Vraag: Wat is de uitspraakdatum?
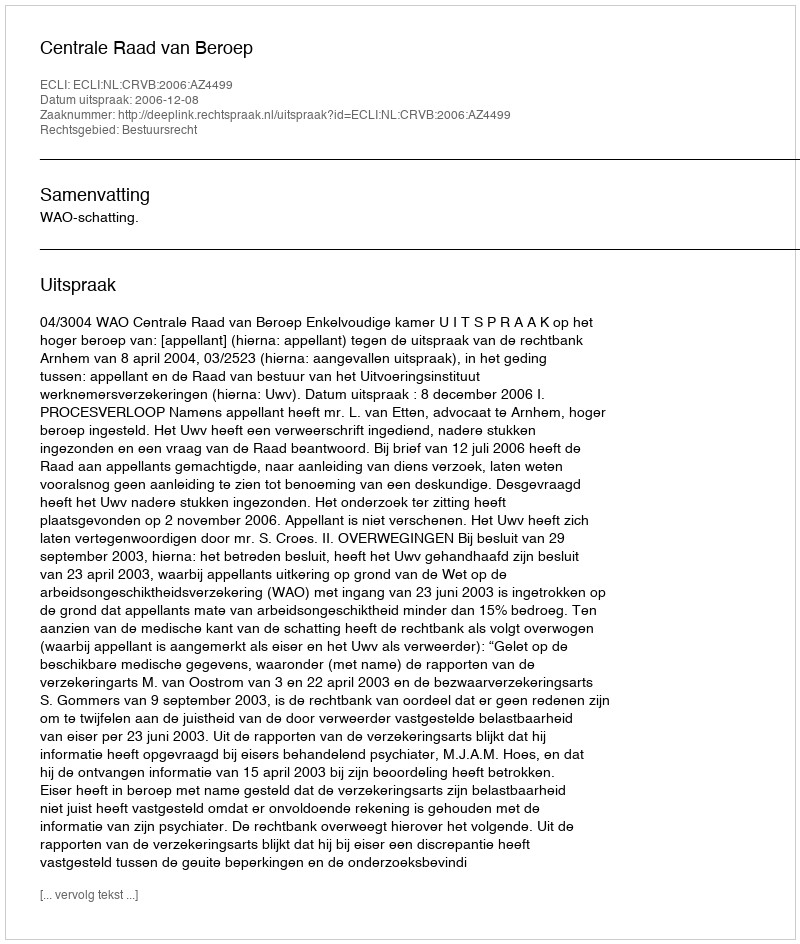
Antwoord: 2006-12-08